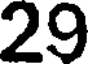
29